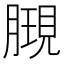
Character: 𣎔